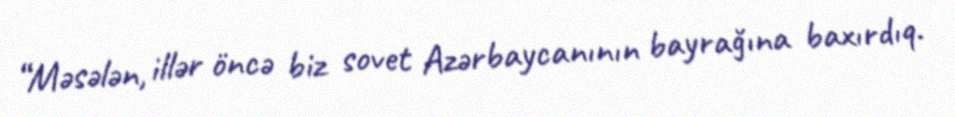
“Məsələn, illər öncə biz sovet Azərbaycanının bayrağına baxırdıq.